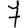
Digit: 7